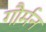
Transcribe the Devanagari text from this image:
गौर्मन